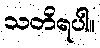
သတိရပါ။